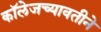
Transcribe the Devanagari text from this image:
कॉलेजच्यावतीने